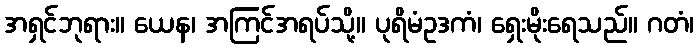
အရှင်ဘုရား။ ယေန၊ အကြင်အရပ်သို့။ ပုရိမံဥဒကံ၊ ရှေးမိုးရေသည်။ ဂတံ၊